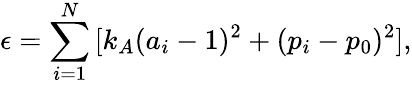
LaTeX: \epsilon=\sum_{i=1}^{N}{[k_{A}(a_{i}-1)^{2}+(p_{i}-p_{0})^{2}]},